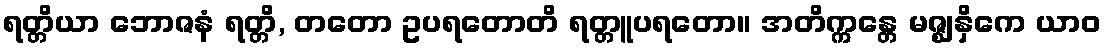
ရတ္တိယာ ဘောဇနံ ရတ္တိ, တတော ဥပရတောတိ ရတ္တူပရတော။ အတိက္ကန္တေ မဇ္ဈနှိကေ ယာဝ